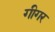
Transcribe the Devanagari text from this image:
गीगर